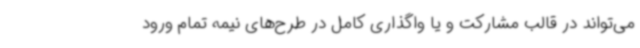
می‌تواند در قالب مشارکت و یا واگذاری کامل در طرح‌های نیمه تمام ورود